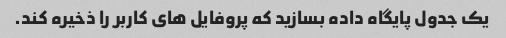
یک جدول پایگاه داده بسازید که پروفایل های کاربر را ذخیره کند.